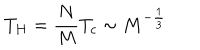
T _ { H } = \frac { N } { M } T _ { c } \sim M ^ { - \frac { 1 } { 3 } }